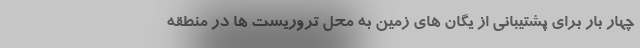
چهار بار برای پشتیبانی از یگان های زمین به محل تروریست ها در منطقه